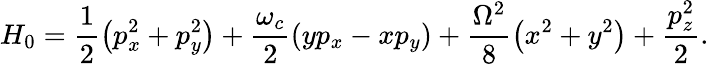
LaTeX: H_{0}=\frac{1}{2}\left(p_{x}^{2}+p_{y}^{2}\right)+\frac{\omega_{c}}{2}\left(yp_{x}-xp_{y}\right)+\frac{\Omega^{2}}{8}\left(x^{2}+y^{2}\right)+\frac{p_{z}^{2}}{2}.